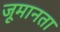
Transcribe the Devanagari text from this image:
जूमानता